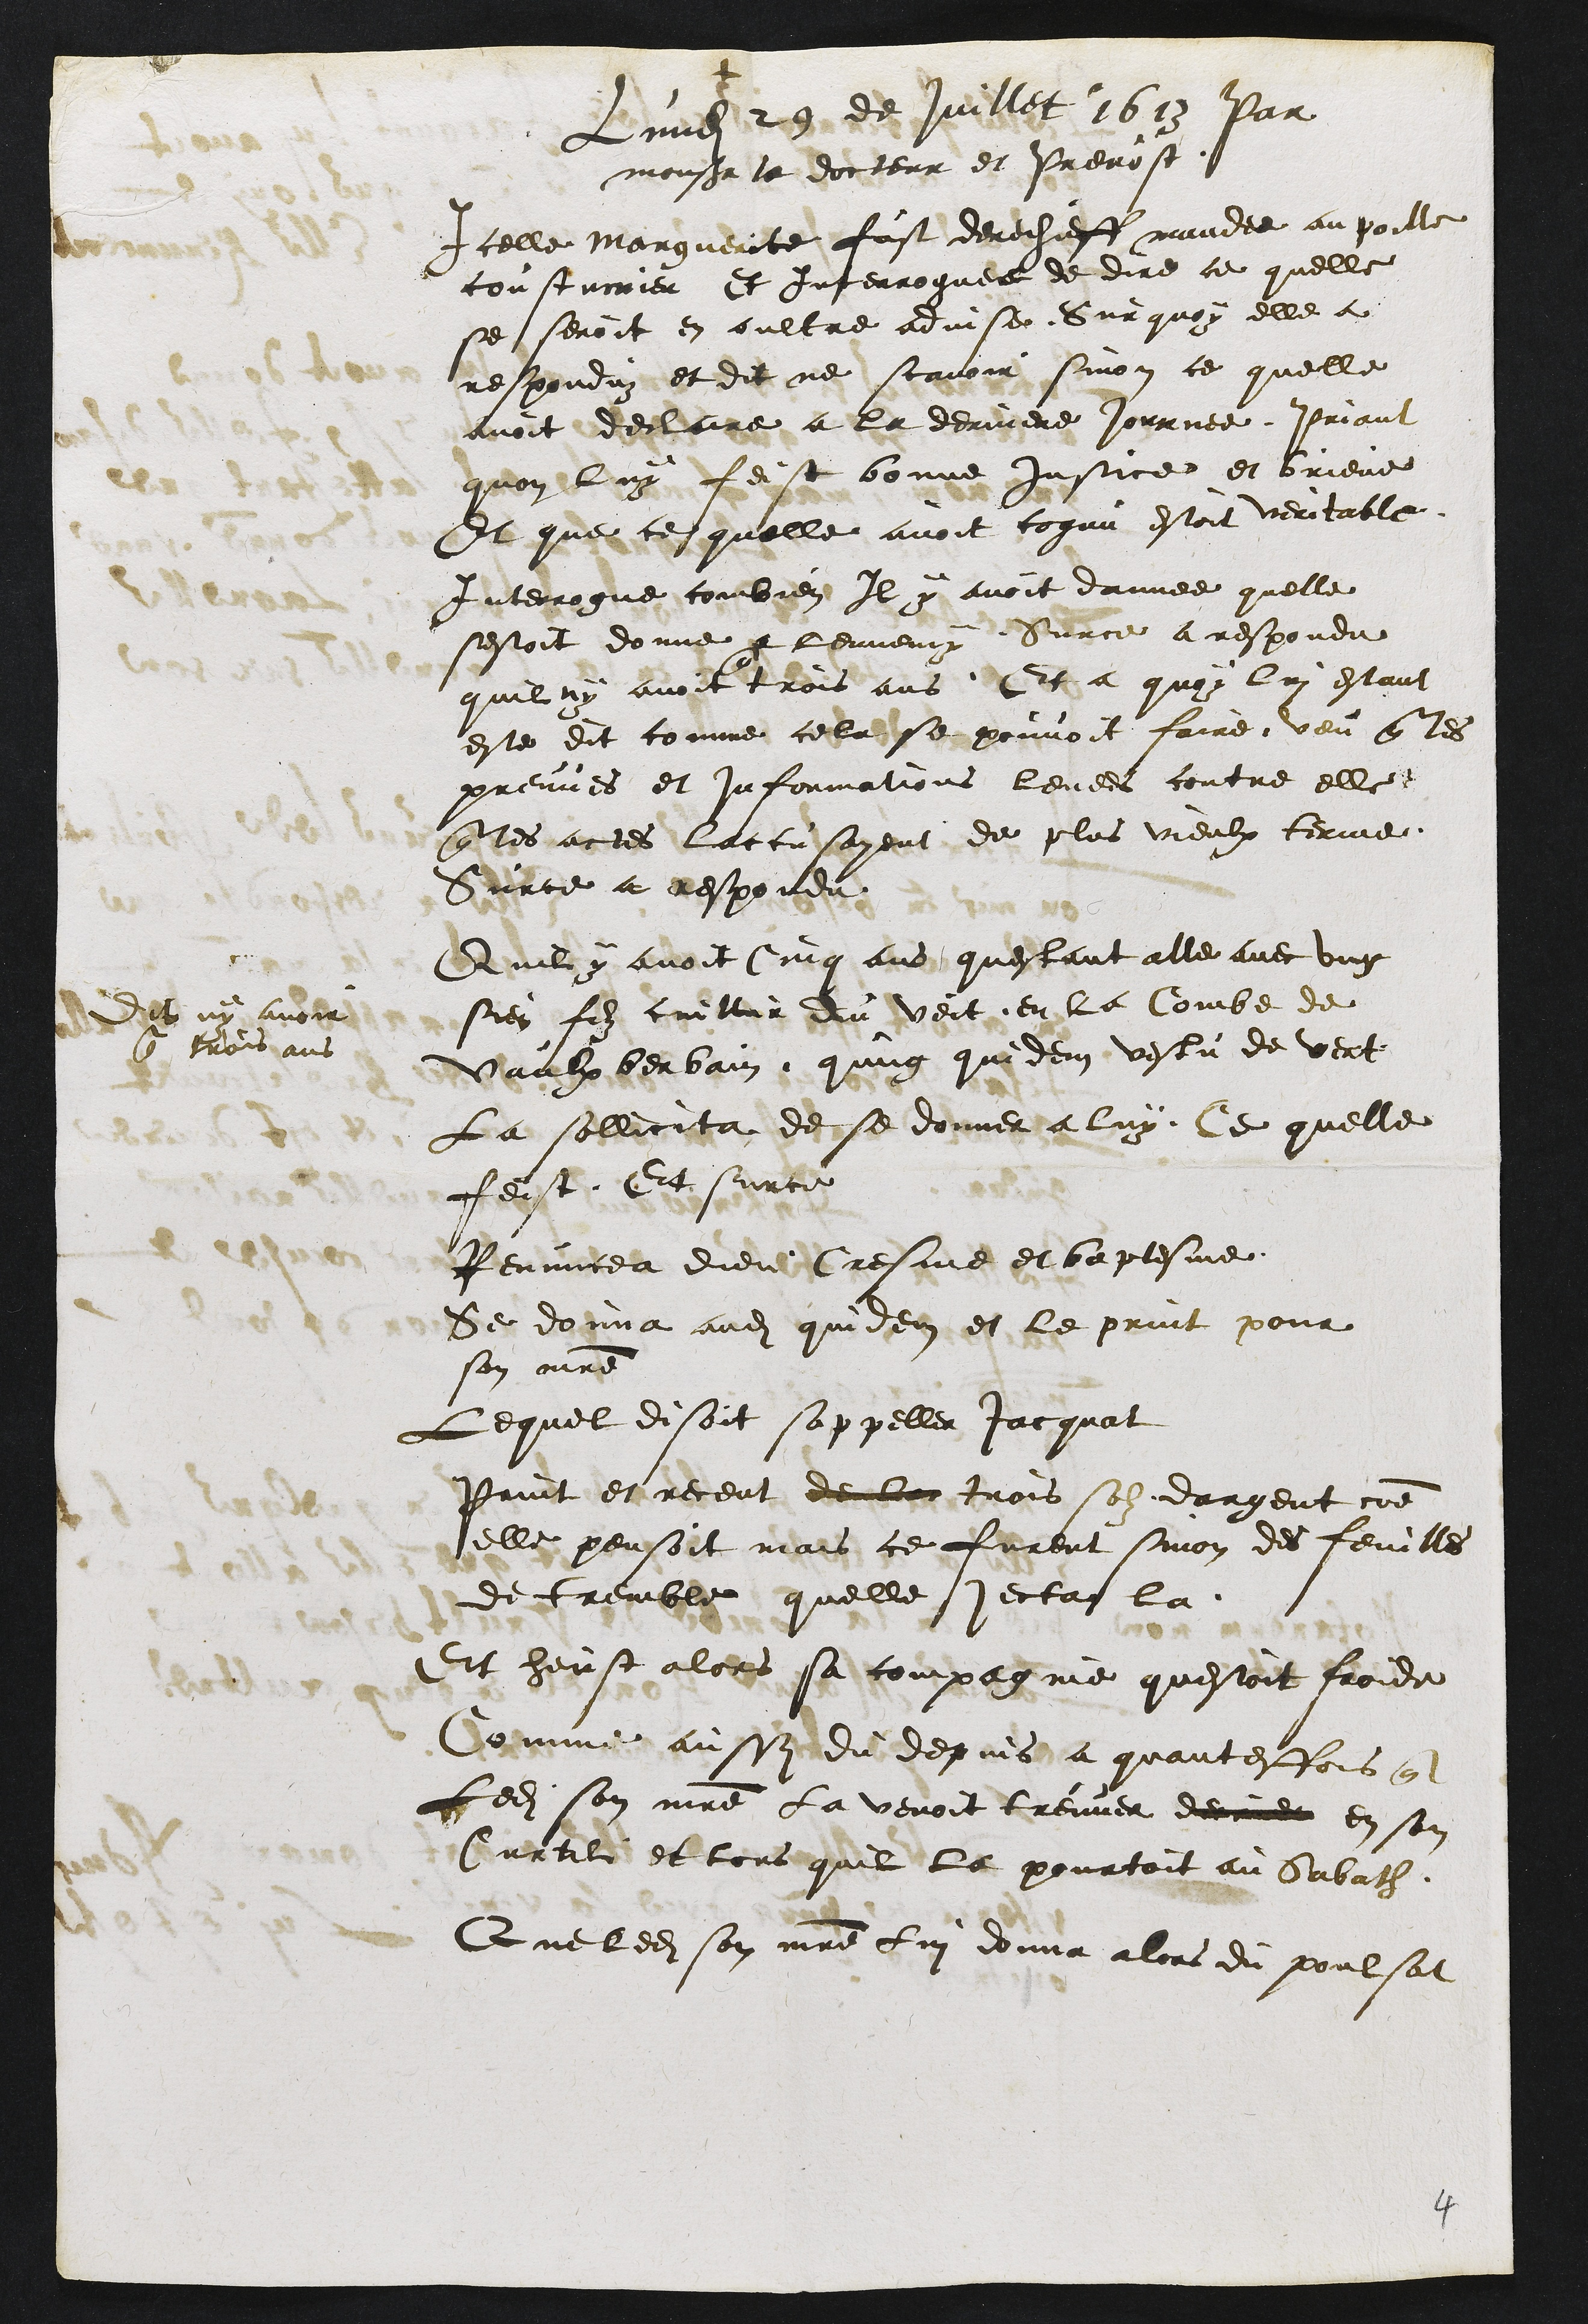
+
Dit ny avoir
trois ans
Lundi 29 de Juillet 1613 Par
monsieur le docteur et Prevost
Icelle Marguerite fust derechieff mandee au poelle
coustumier et Interroguee de dire ce quelle
se seroit en oultre advise. Sur quoy elle a
responduz et dit ne scavoir sinon ce quelle
avoit declare a la derniere journee Priant
quon luy feist bonne justice et brieve
Et que ce quelle avoit congu estoit veritable
Interrogue combien Il y avoit dannee quelle
sestoit donne a lennemy. Surce a respondu
quil ny avoit
que
trois ans, Et a quoy lui estant
este dit comme cela se pouvoit faire, veu que les
preuves et informations levees contre elle
que les actes laccusoyent de plus vieulx terme
Surce a respondu
Quil y avoit cinq ans questant alle avec ung
sien filz cuillir du veit en la Combe de
Vaulx berbain qung quidem vestu de vert
La sollicita de se donner a luy. Ce quelle
feist. Et surce
Renuncea dieu Cresme et baptesme
Se donna audit quidem et le print pour
son maitre
Lequel disoit sappeller Jacquat
Print es receut de lui trois solz dargent comme
elle pensoit mais ce furent sinon des feuilles
de tremble quelle jecta la.
Et heust alors sa compagnie questoit froide
Comme aussi du depuis a quantesfois que
Ledit son maitre la venoit treuver derrier en son
Curtil et lors quil la pourtoit au Sabath.
Que ledit son maitre lui donna alors du poulsat